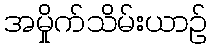
အမှိုက်သိမ်းယာဉ်